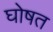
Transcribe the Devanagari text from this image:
घोषत